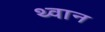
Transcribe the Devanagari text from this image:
थ्वान